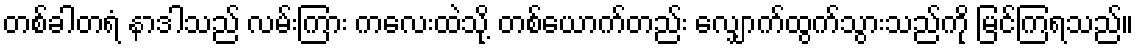
တစ်ခါတရံ နာဒါသည် လမ်းကြား ကလေးထဲသို့ တစ်ယောက်တည်း လျှောက်ထွက်သွားသည်ကို မြင်ကြရသည်။